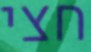
חצי